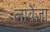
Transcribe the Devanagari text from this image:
लावेंज़ा